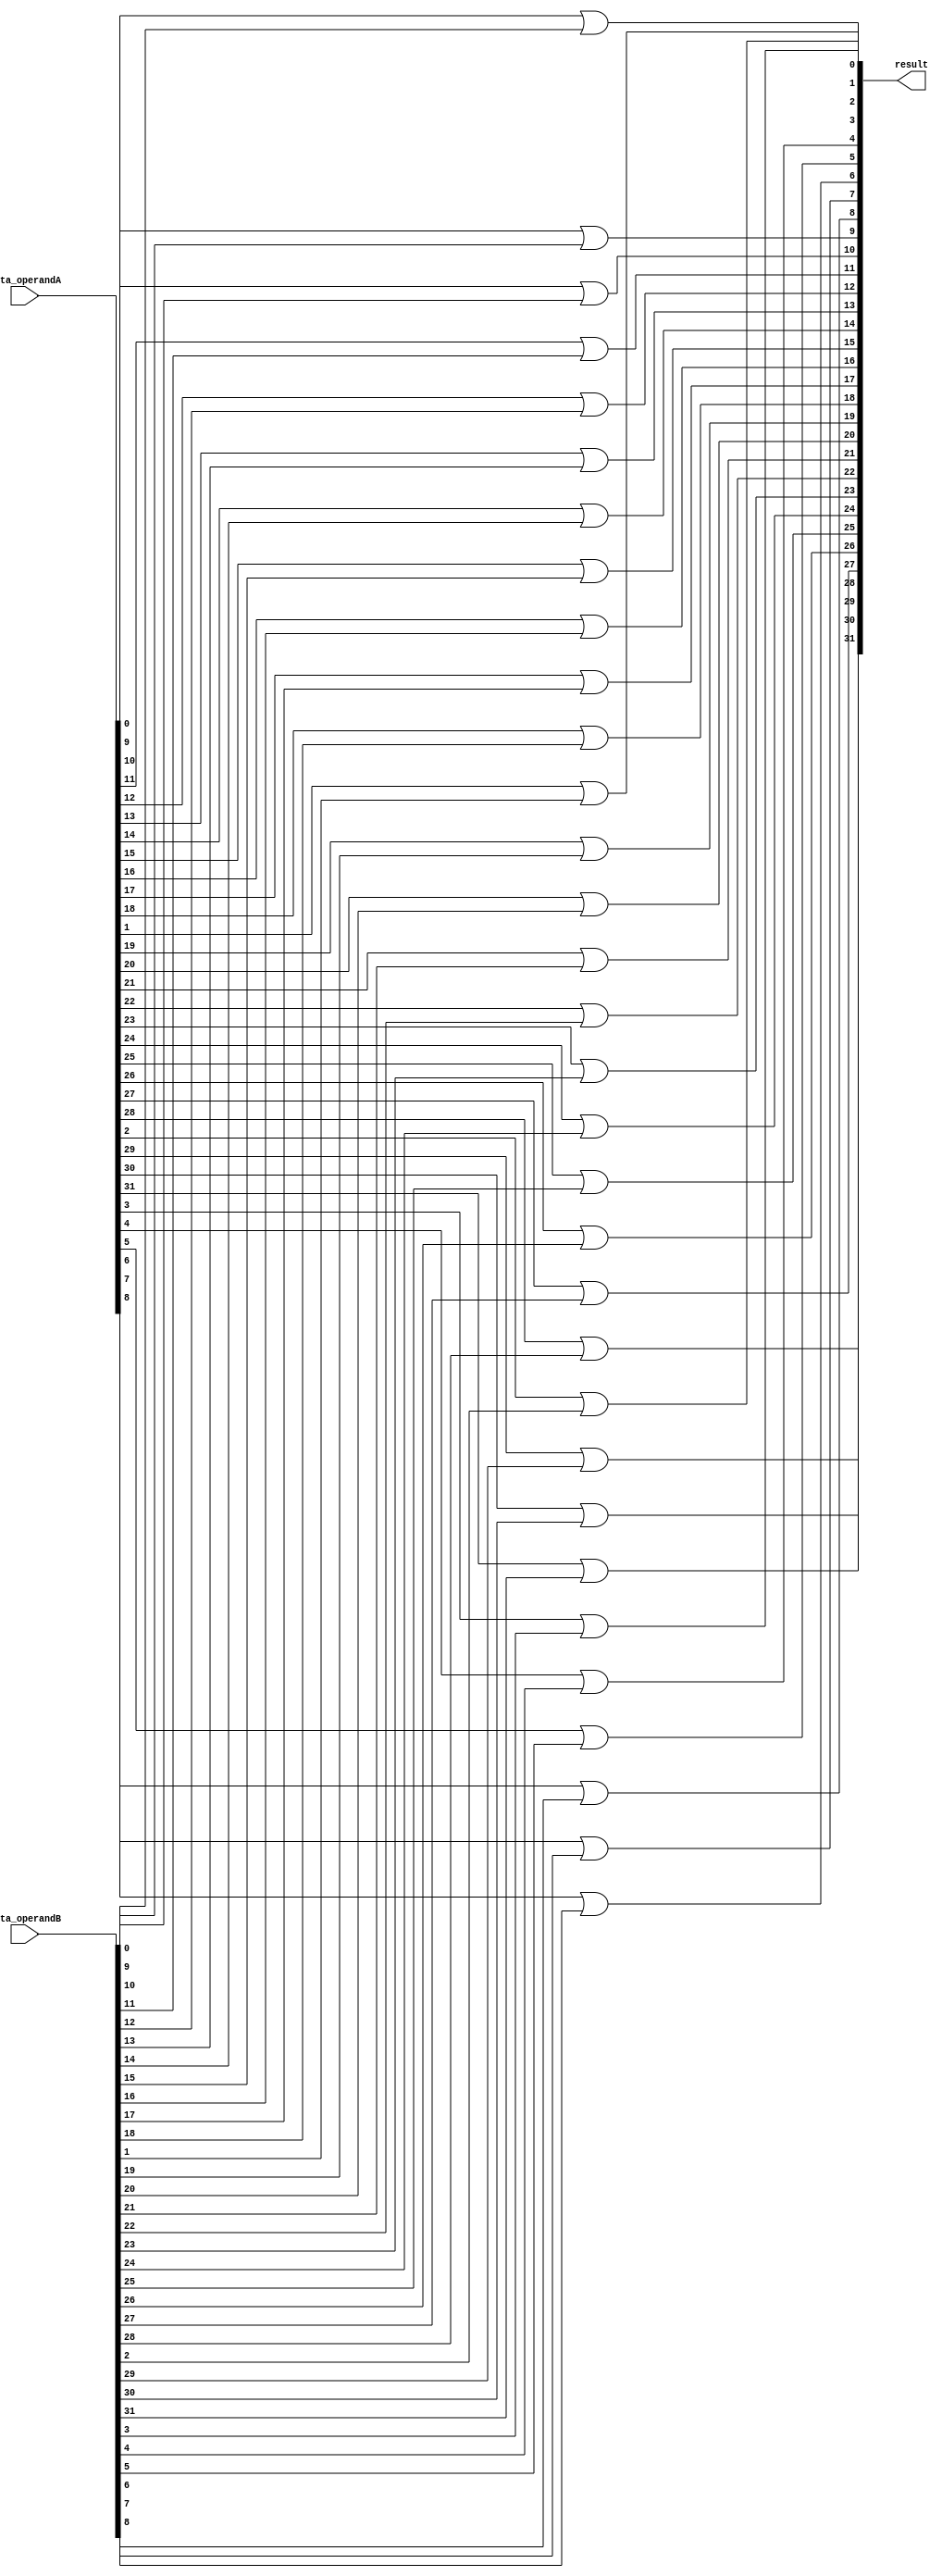
module or_function(result, data_operandA, data_operandB);

	input [31:0] data_operandA, data_operandB;

	output [31:0] result;

	genvar i;
  	generate
    	for (i = 0 ; i < 32; i = i+1)
    	begin : gen_loop
        	or OR1(result[i], data_operandA[i],data_operandB[i]);
    	end
  	endgenerate


endmodule